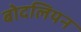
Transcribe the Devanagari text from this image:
बोदलियन